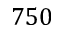
7 5 0